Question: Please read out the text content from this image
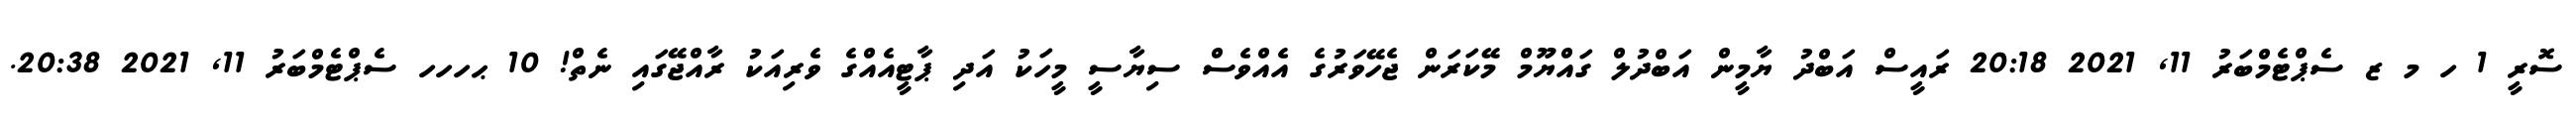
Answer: ސޮރީ 1 ހ މ ޒ ސެޕްޓެމްބަރު 11, 2021 20:18 ރައީސް އަބްދު ޔާމީން އަބްދުލް ގައްޔޫމް މޭކަރަން ޖެހޭވަރުގެ އެއްވެސް ސިޔާސީ މީހަކު އަދި ޕާޓީއެއްގެ ވެރިއަކު ރާއްޖޭގައި ނެތް! 10 ޙހހހ ސެޕްޓެމްބަރު 11, 2021 20:38.